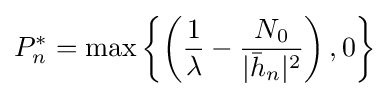
P_{n}^{*}=\max \left\{\left({\frac {1}{\lambda }}-{\frac {N_{0}}{|{\bar {h}}_{n}|^{2}}}\right),0\right\}